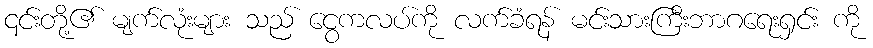
၎င်းတို့၏ မျက်လုံးများ သည် ငွေကလပ်ကို လက်ခံရန် မင်းသားကြီးဘာဂရေးရှင်း ကို